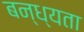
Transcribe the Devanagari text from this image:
बन्ध्यता